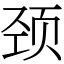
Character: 颈